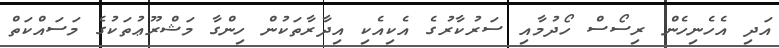
އަދި އެހެނިހެން ރިސޯސް ހޯދުމާއި ސަރުކާރުގެ އެކިއެކި އިދާރާތަކުން ހިންގާ މަޝްރޫޢުތަކުގެ މަސައްކަތް